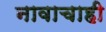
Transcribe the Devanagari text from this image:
नावाचाही